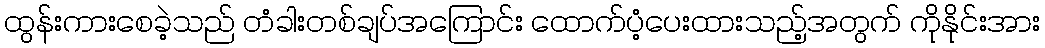
ထွန်းကားစေခဲ့သည် တံခါးတစ်ချပ်အကြောင်း ထောက်ပံ့ပေးထားသည့်အတွက် ကိုနိုင်းအား